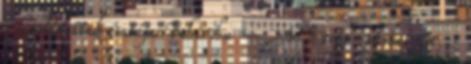
: Csalódottak csatája Behir.hu – VB tipp-párbaj 23. :